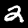
Label: 2